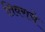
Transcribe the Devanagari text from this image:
तिवराचे